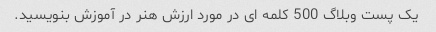
یک پست وبلاگ 500 کلمه ای در مورد ارزش هنر در آموزش بنویسید.